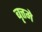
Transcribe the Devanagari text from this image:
बृत्तमे